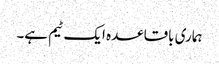
ہماری باقاعدہ ایک ٹیم ہے۔